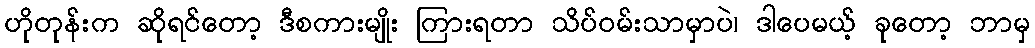
ဟိုတုန်းက ဆိုရင်တော့ ဒီစကားမျိုး ကြားရတာ သိပ်ဝမ်းသာမှာပဲ၊ ဒါပေမယ့် ခုတော့ ဘာမှ